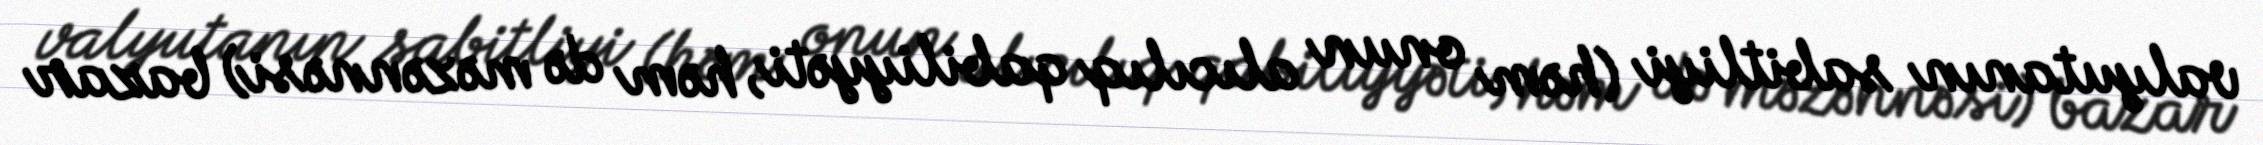
valyutanın sabitliyi (həm onun alıcılıq qabiliyyəti, həm də məzənnəsi) bazar